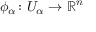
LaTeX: \phi _ { \alpha } \colon U _ { \alpha } \to \mathbb { R } ^ { n }